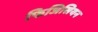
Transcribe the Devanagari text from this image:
फिजिसियन